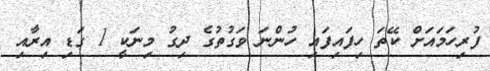
ފުރިހަމައަށް ކޭތަ ހިފައިފައި ހުންނަ ވަގުތުގެ ދިގު މިނަކީ 1 ގަޑި އިރާއި